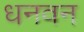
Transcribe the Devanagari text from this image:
धनवन